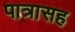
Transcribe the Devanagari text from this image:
पात्रासह